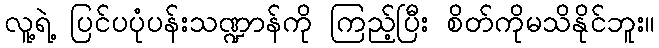
လူ့ရဲ့ ပြင်ပပုံပန်းသဏ္ဍာန်ကို ကြည့်ပြီး စိတ်ကိုမသိနိုင်ဘူး။